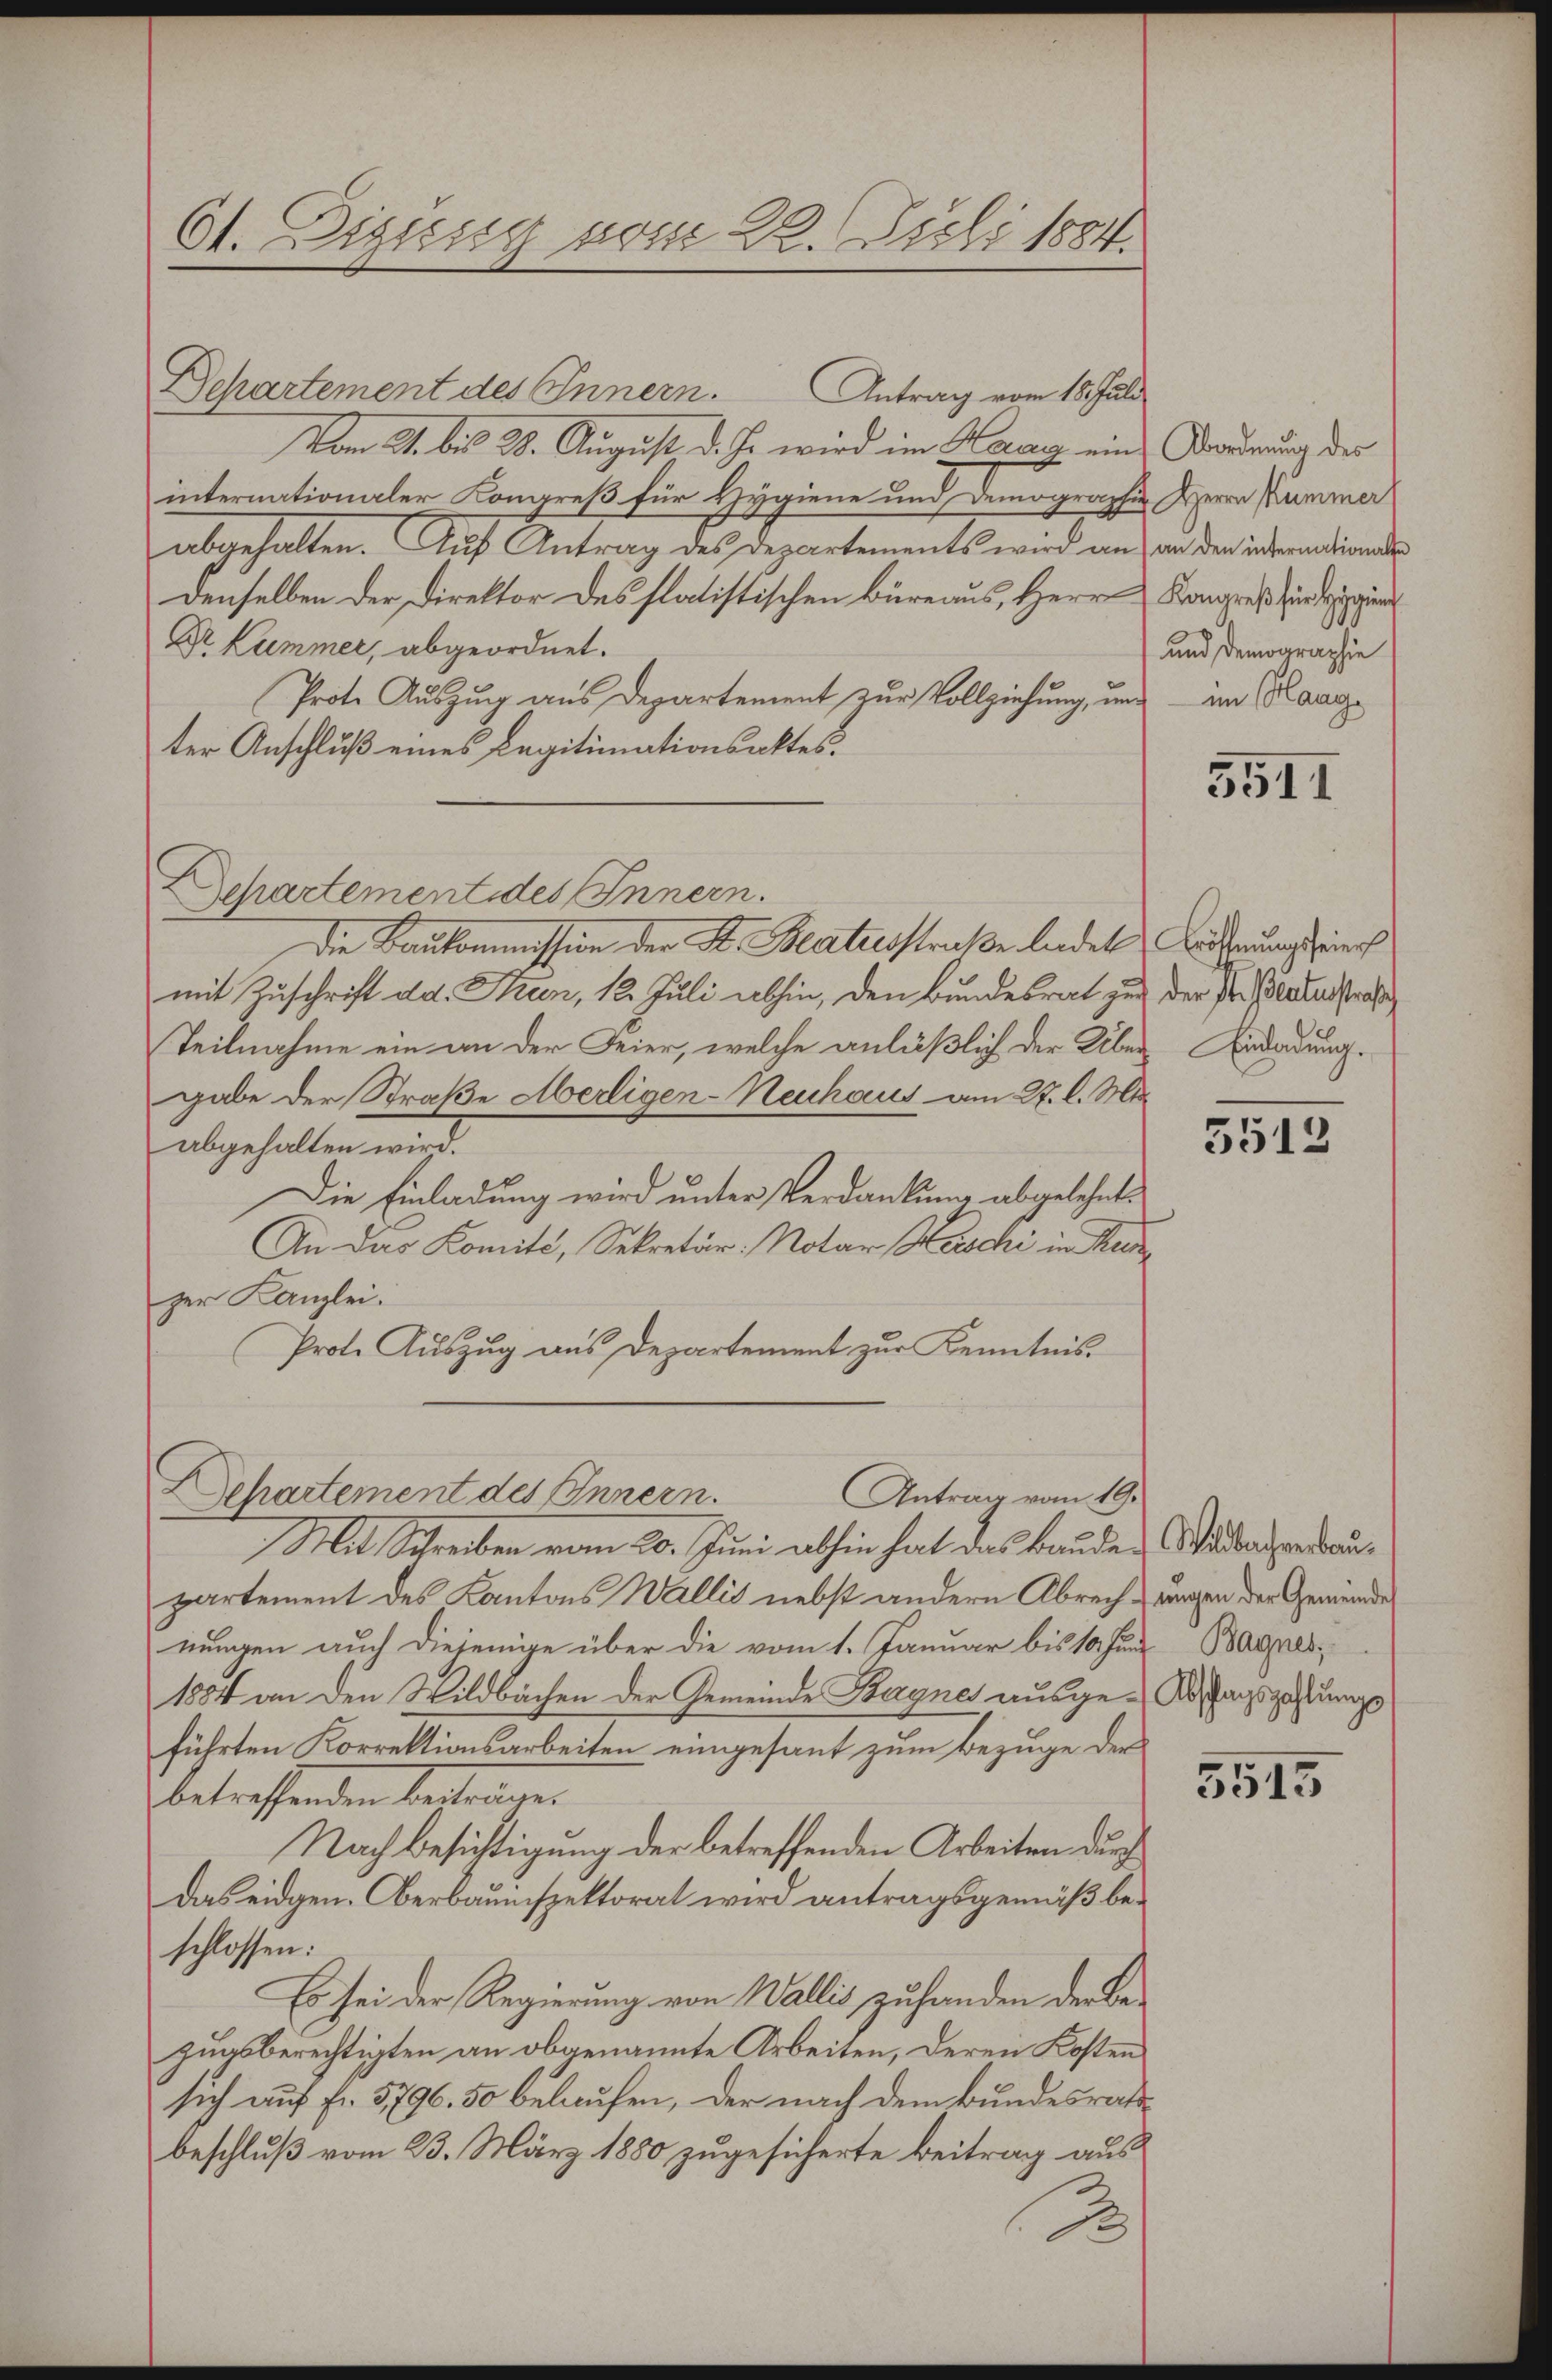
61. Dizisig vom 22. Juli 1884.

Separtement des Innern. Antrag vom 18. Juli
Vom 21. bis 28. August d. Js. wird im Haar eininternationaler Kongreß für Hygiene und Demographie
abgehalten. Auf Antrag des Departements wird an an der inderendionde
Denselben der Direktor des statistischen Büreaus, Herr
Dr Kummer, abgeordnet.
Prote Auszug aus Departement zur Vollziehung, und
ter Anschluß eines Legitimationsaktes.
Departement des Innern.
Die Baukommission der K. Beaterstraße ladet worderungs seines
mit Zuschrift dd. Krien, 12. Juli abhin, den Bundesrat zu der Hr. Platerstraf
Teilnahme ein an der Feier, welche anläßlich der Über-Endadung.
gabe der Straße Merligen-Neuhaus am 27. l. Mts.
abgehalten wird.
Die Einladung wird unter Verdankung abgelehnt.
An das Komité, Sekretär: Notar Waschi in Kerzer Kanzlei.
Prote Auszug aus Departement zur Kenntnis.
Departement des Innern.
Antrag vom 19.
Mit Schreiben vom 20. Juni abhin hat das Bauder Wisbarensdaupartement des Kantons Wallis nebst andern Abrechungen der Gemeinde
nungen auch diejenige über die vom 1. Januar bis 10. Jun Bannes,
1884 an den Wildbächen der Gemeinde Bargnes ausge-Anstagszahlungs
führten Korrektionsarbeiten eingesant zum Bezuge der
betreffenden bestrigen
Nach Besichtigung der betreffenden Arbeiten durch
Das eidgen. Oberbauinspektorat wird antragsgemäß beschlossen:
Es sei der Regierung von Wallis zuhanden der Bezugsberechtigten an obgenannte Arbeiten, deren Kosten
sich auf fr. 5796. 50 belaufen, der nach dem Bundesrats-
beschluß vom 23. März 1880 zugesicherte Beitrag aus
2

Abordnung des
Herrn Kummer
Kongreß für Hygien
100
und demographie
im Haage

5511

3513

5515